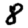
Digit: 8